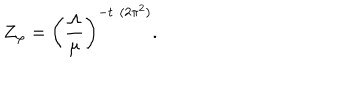
LaTeX: Z _ { \varphi } = \left( \frac { \Lambda } { \mu } \right) ^ { - t / ( 2 \pi ^ { 2 } ) } .